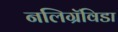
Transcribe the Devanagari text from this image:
नलिग्रॅविडा